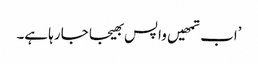
’اب تمھیں واپس بھیجا جا رہا ہے۔